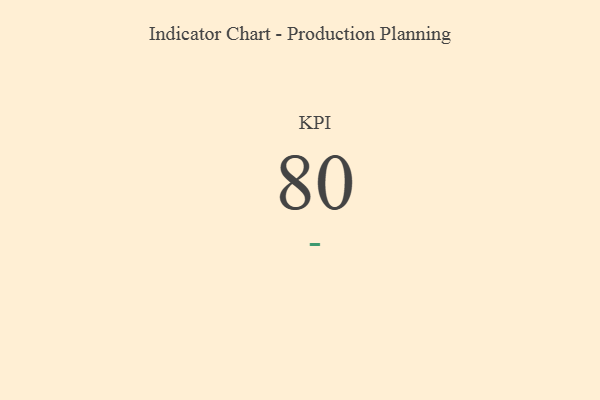
{"axis": {"x": "KPI", "y": "Value"}, "legend": [""], "data": [{"x": "KPI", "y": 80, "type": ""}]}